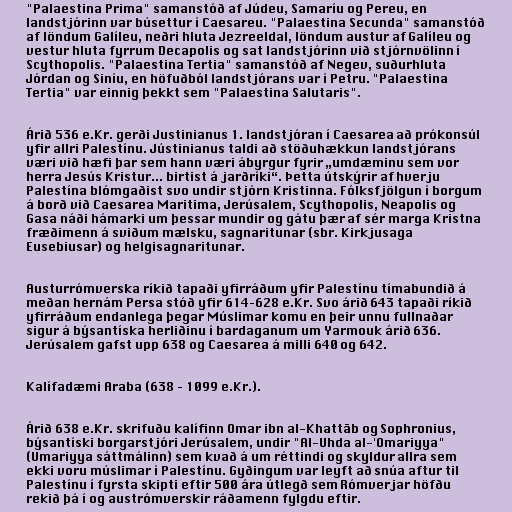
"Palaestina Prima" samanstóð af Júdeu, Samaríu og Pereu, en
landstjórinn var búsettur í Caesareu. "Palaestina Secunda" samanstóð
af löndum Galíleu, neðri hluta Jezreeldal, löndum austur af Galíleu og
vestur hluta fyrrum Decapolis og sat landstjórinn við stjórnvölinn í
Scythopolis. "Palaestina Tertia" samanstóð af Negev, suðurhluta
Jórdan og Siníu, en höfuðból landstjórans var í Petru. "Palaestina
Tertia" var einnig þekkt sem "Palaestina Salutaris".

Árið 536 e.Kr. gerði Justinianus 1. landstjóran í Caesarea að prókonsúl
yfir allri Palestínu. Jústinianus taldi að stöðuhækkun landstjórans
væri við hæfi þar sem hann væri ábyrgur fyrir „umdæminu sem vor
herra Jesús Kristur... birtist á jarðríki“. Þetta útskýrir af hverju
Palestína blómgaðist svo undir stjórn Kristinna. Fólksfjölgun í borgum
á borð við Caesarea Maritima, Jerúsalem, Scythopolis, Neapolis og
Gasa náði hámarki um þessar mundir og gátu þær af sér marga Kristna
fræðimenn á sviðum mælsku, sagnaritunar (sbr. Kirkjusaga
Eusebiusar) og helgisagnaritunar.

Austurrómverska ríkið tapaði yfirráðum yfir Palestínu tímabundið á
meðan hernám Persa stóð yfir 614–628 e.Kr. Svo árið 643 tapaði ríkið
yfirráðum endanlega þegar Múslimar komu en þeir unnu fullnaðar
sigur á býsantíska herliðinu í bardaganum um Yarmouk árið 636.
Jerúsalem gafst upp 638 og Caesarea á milli 640 og 642.

Kalífadæmi Araba (638 – 1099 e.Kr.).

Árið 638 e.Kr. skrifuðu kalífinn Omar ibn al-Khattāb og Sophronius,
býsantíski borgarstjóri Jerúsalem, undir "Al-Uhda al-'Omariyya"
(Umariyya sáttmálinn) sem kvað á um réttindi og skyldur allra sem
ekki voru múslimar í Palestínu. Gyðingum var leyft að snúa aftur til
Palestínu í fyrsta skipti eftir 500 ára útlegð sem Rómverjar höfðu
rekið þá í og austrómverskir ráðamenn fylgdu eftir.